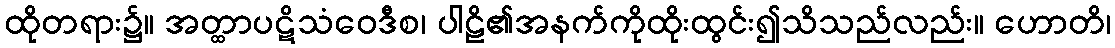
ထိုတရား၌။ အတ္ထာပဋိသံဝေဒီစ၊ ပါဠိ၏အနက်ကိုထိုးထွင်း၍သိသည်လည်း။ ဟောတိ၊